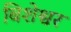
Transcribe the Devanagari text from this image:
बिशेश्वर